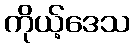
ကိုယ့်ဒေသ